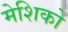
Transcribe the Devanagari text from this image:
मेशिको